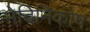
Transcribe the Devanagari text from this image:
मेदिनिकोष